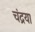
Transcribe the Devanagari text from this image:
चंद्रया